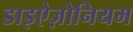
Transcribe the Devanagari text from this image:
डाइऐज़ोनियम